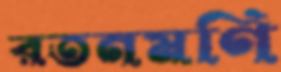
রতনমণি